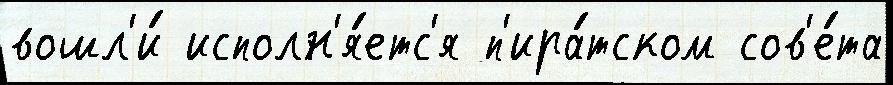
вошл'и́ исполн'я́етс'я п'ира́тском сов'е́та